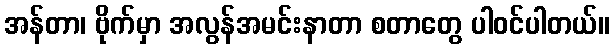
အန်တာ၊ ဗိုက်မှာ အလွန်အမင်းနာတာ စတာတွေ ပါဝင်ပါတယ်။